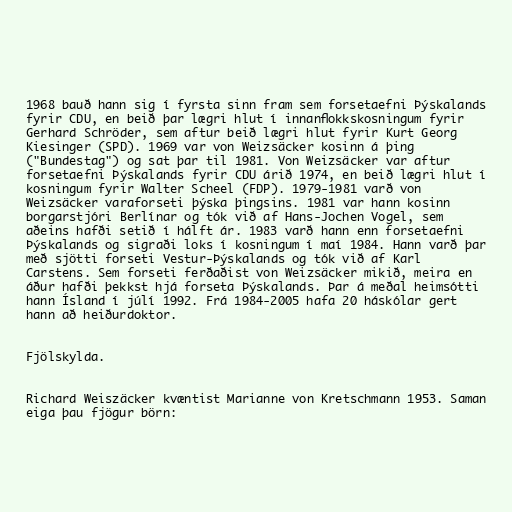
1968 bauð hann sig í fyrsta sinn fram sem forsetaefni Þýskalands
fyrir CDU, en beið þar lægri hlut í innanflokkskosningum fyrir
Gerhard Schröder, sem aftur beið lægri hlut fyrir Kurt Georg
Kiesinger (SPD). 1969 var von Weizsäcker kosinn á þing
("Bundestag") og sat þar til 1981. Von Weizsäcker var aftur
forsetaefni Þýskalands fyrir CDU árið 1974, en beið lægri hlut í
kosningum fyrir Walter Scheel (FDP). 1979-1981 varð von
Weizsäcker varaforseti þýska þingsins. 1981 var hann kosinn
borgarstjóri Berlínar og tók við af Hans-Jochen Vogel, sem
aðeins hafði setið í hálft ár. 1983 varð hann enn forsetaefni
Þýskalands og sigraði loks í kosningum í maí 1984. Hann varð þar
með sjötti forseti Vestur-Þýskalands og tók við af Karl
Carstens. Sem forseti ferðaðist von Weizsäcker mikið, meira en
áður hafði þekkst hjá forseta Þýskalands. Þar á meðal heimsótti
hann Ísland í júlí 1992. Frá 1984-2005 hafa 20 háskólar gert
hann að heiðurdoktor.

Fjölskylda.

Richard Weiszäcker kvæntist Marianne von Kretschmann 1953. Saman
eiga þau fjögur börn: